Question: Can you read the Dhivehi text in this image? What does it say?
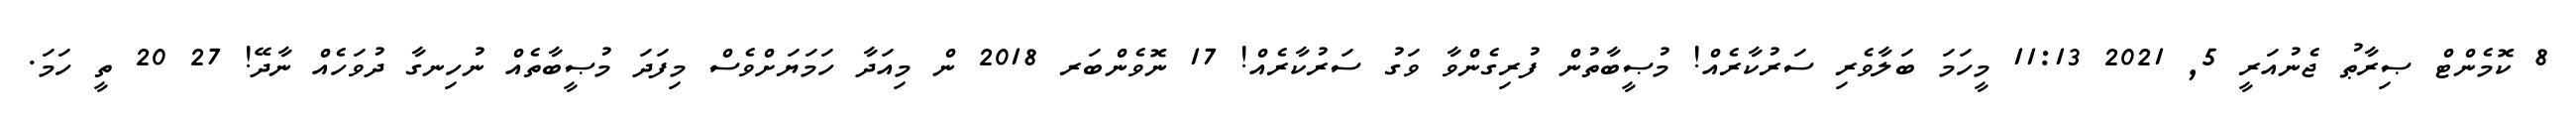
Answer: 8 ކޮމެންޓް ޞިރާޠު ޖެނުއަރީ 5, 2021 11:13 މީހަމަ ބަލާވެރި ސަރުކާރެއް! މުޞީބާތުން ފުރިގެންވާ ވަގު ސަރުކާރެއް! 17 ނޮވެންބަރ 2018 ން މިއަދާ ހަމަޔަށްވެސް މިފަދަ މުޞީބާތެއް ނުހިނގާ ދުވަހެއް ނާދޭ! 27 20 ތީ ހަމަ.